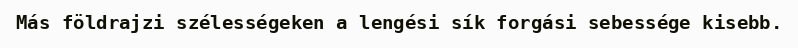
Más földrajzi szélességeken a lengési sík forgási sebessége kisebb.